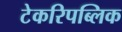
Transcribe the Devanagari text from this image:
टेकरिपब्लिक